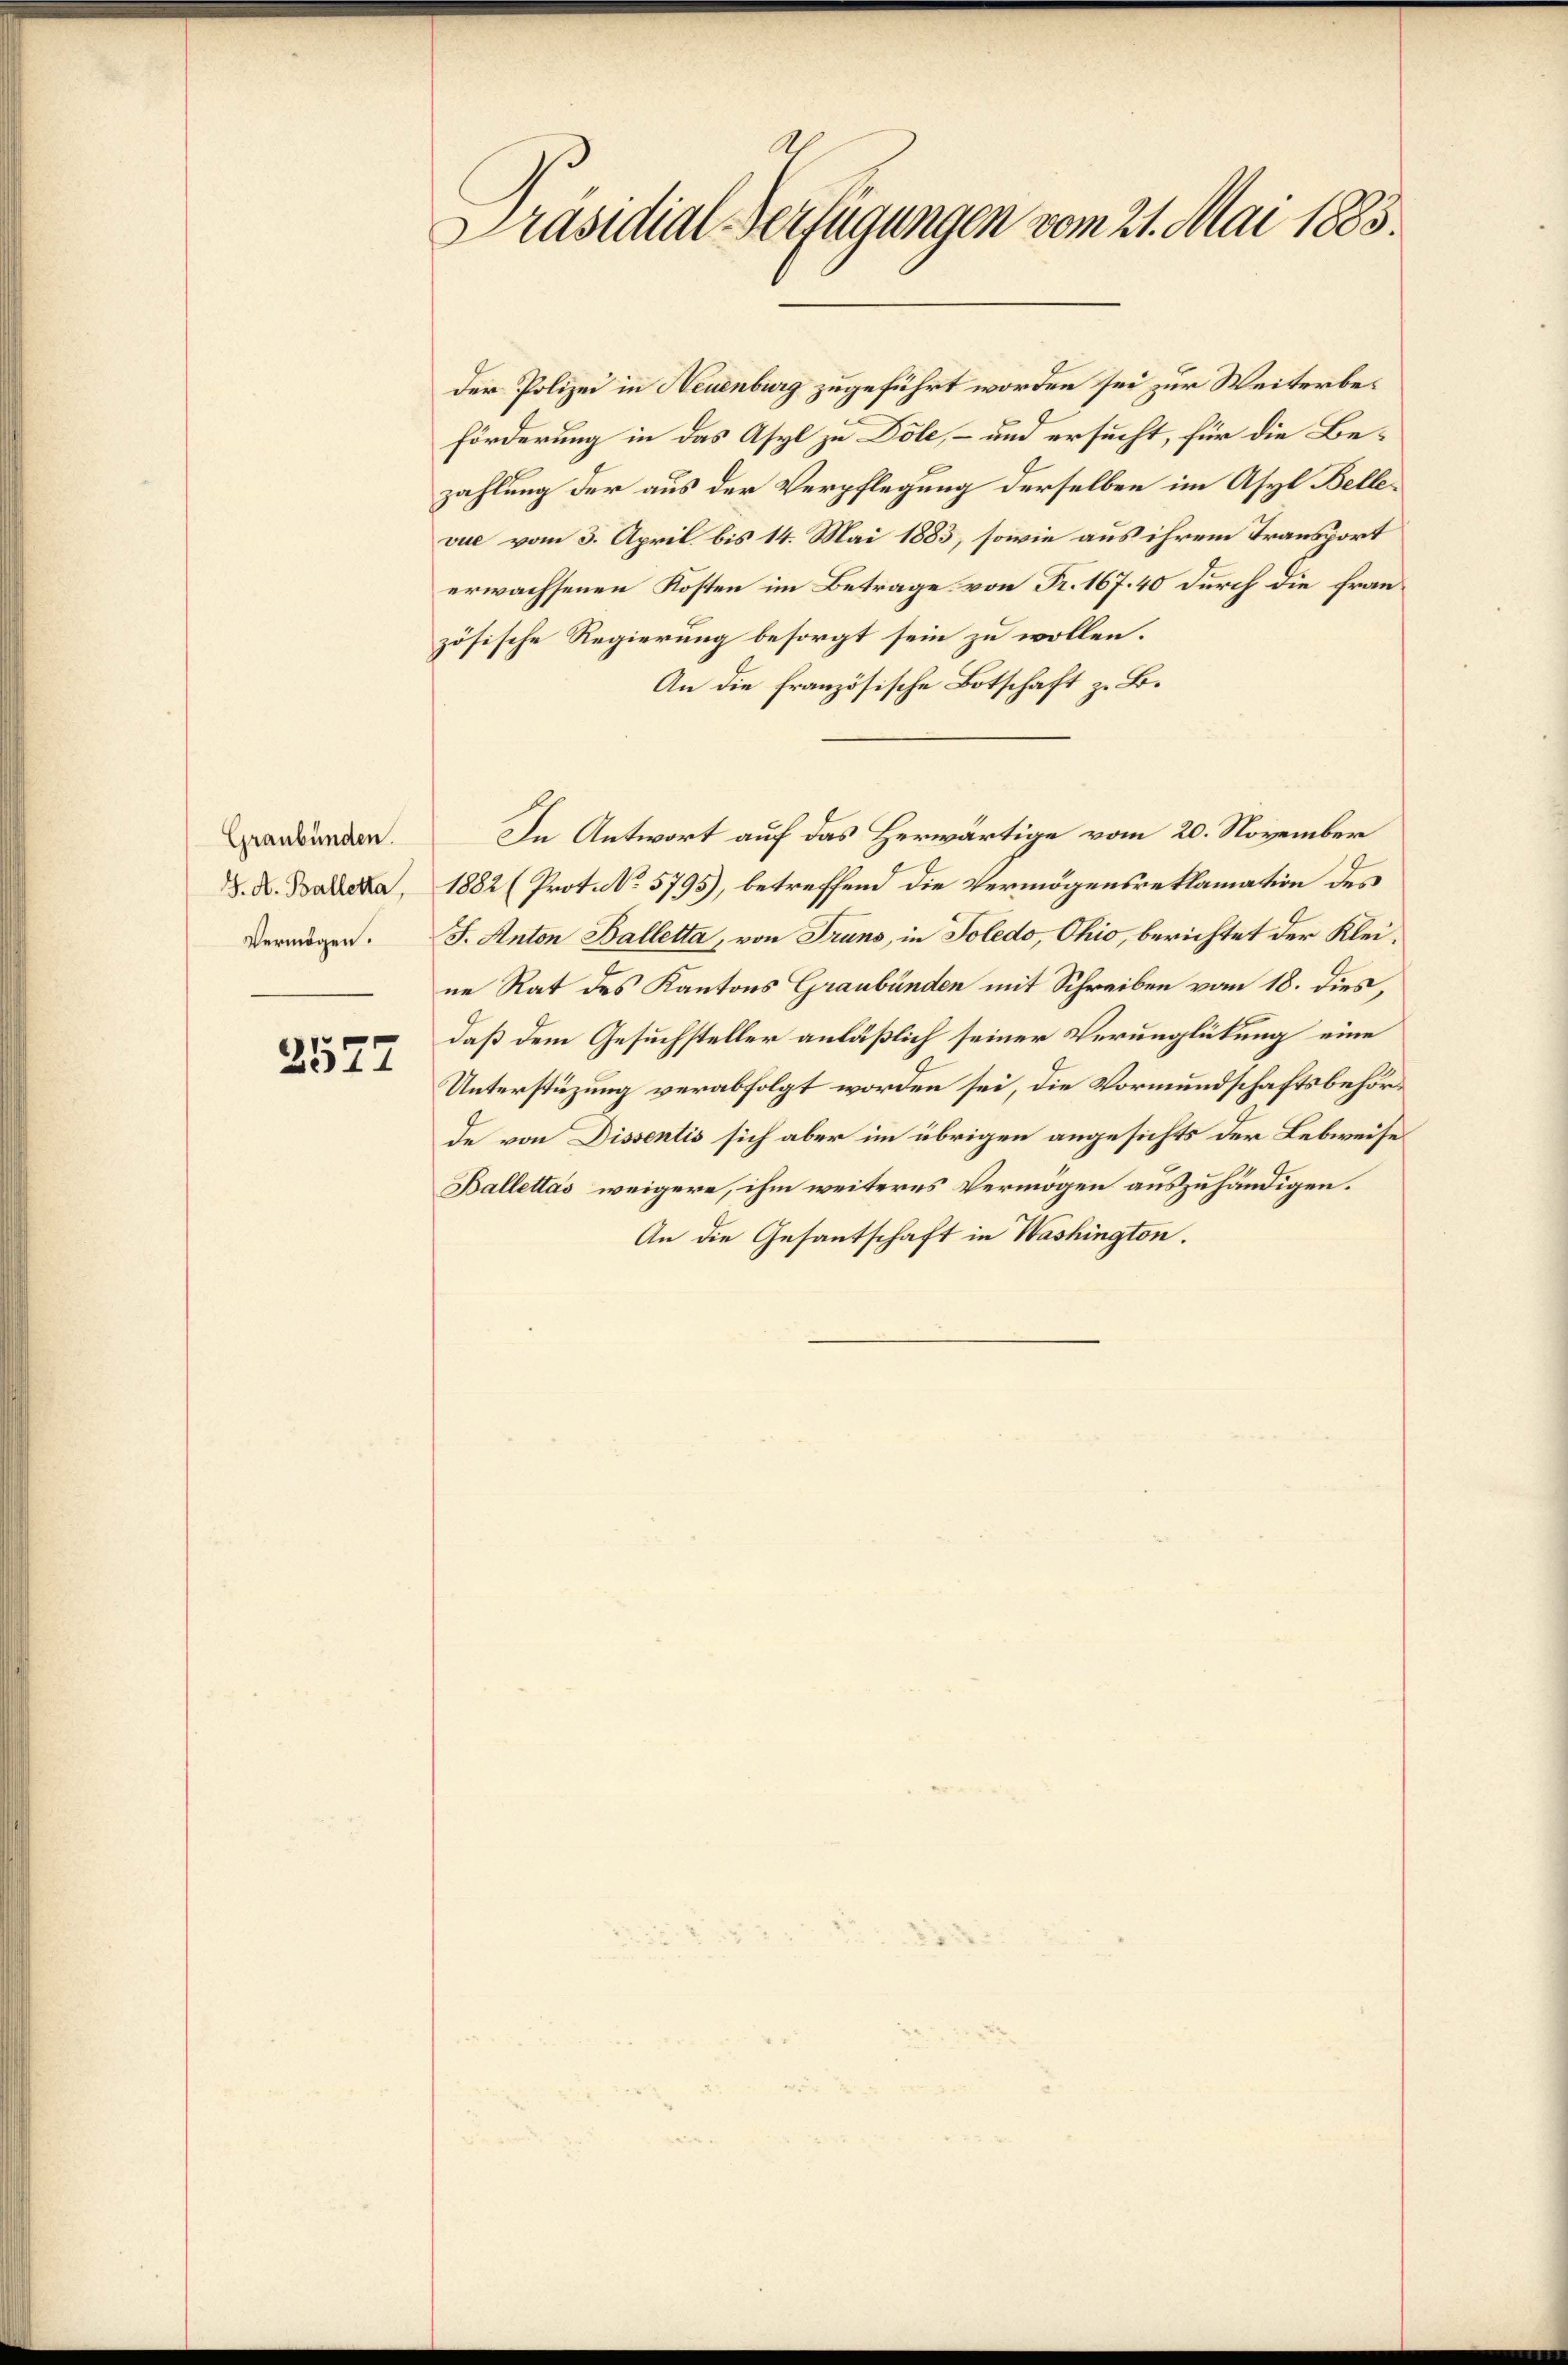
Graubünden.
J. A. Balletta,
Vermögen.

2577

Präsidial-Verfügungen vom 21. Mai 1883.

Der Polizei in Neuenburg zugeführt worden sei zur Weiterbeförderung in das Asyl zu Dole, – und ersucht, für die Bezahlung der aus der Verpflegung derselben im Asyl Bellevue vom 3. April bis 14. Mai 1883, sowie aus ihrem Transport
erwachsenen Kosten im Betrage von Fr. 167. 40 durch die frau
zösische Regierung besorgt sein zu wollen.
An die französische Botschaft z. B.
1882 (Prot. No. 5795), betreffend die Vermögensreklamation des
J. Anton Balletta, von Truns, in Soledo, Ohio, berichtet der Kleine Rat des Kantons Graubünden mit Schreiben vom 18. dies,
daß dem Gesuchsteller anläßlich seiner Verunglückung eine
Unterstüzung verabfolgt worden sei, die Vormundschaftsbehörde von Dissentis sich aber im übrigen angesichts der Lebweise
Ballettas weigere, ihm weiteres Vermögen auszuhändigen.
An die Gesantschaft in Washington.

In Antwort auf das Herwärtige vom 20. November